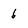
Character: 6